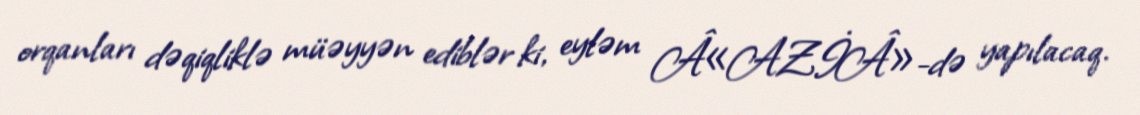
orqanları dəqiqliklə müəyyən ediblər ki, eyləm Â«AZİÂ»-də yapılacaq.